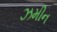
ઝમીન